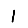
Digit: 1